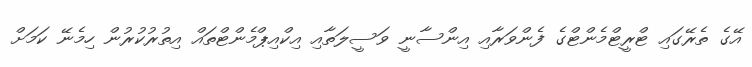
އޭގެ ތެރޭގައި ޓްރީޓްމެންޓްގެ ފެންވަރާއި އިންސާނީ ވަސީލަތާއި އިކްއިޕްމެންޓްތައް އިތުރުކުރުން ހިމެނޭ ކަމަށް